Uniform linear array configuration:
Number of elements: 24
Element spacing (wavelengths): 1
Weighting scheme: exponential
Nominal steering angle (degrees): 60
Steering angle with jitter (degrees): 59.049
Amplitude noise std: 0.05
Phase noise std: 0.05

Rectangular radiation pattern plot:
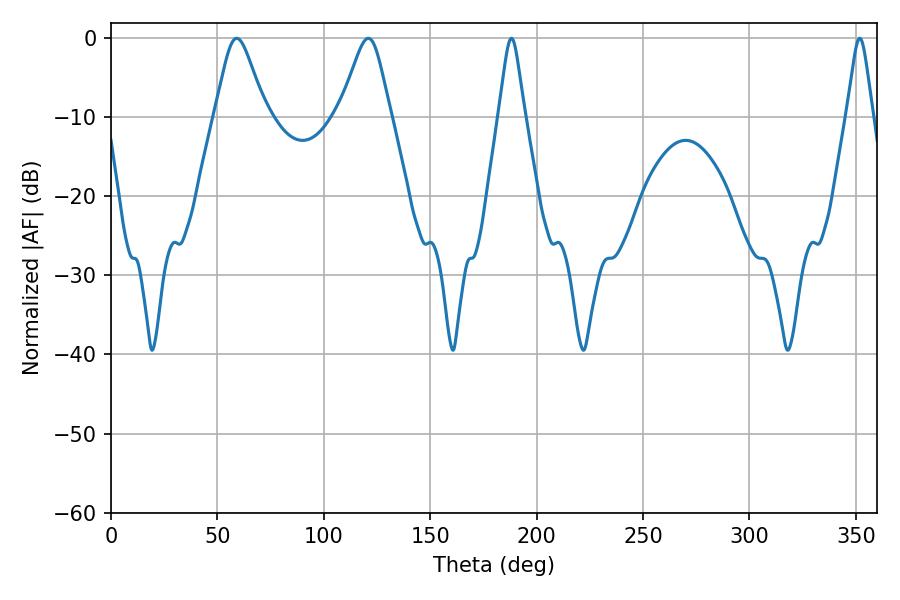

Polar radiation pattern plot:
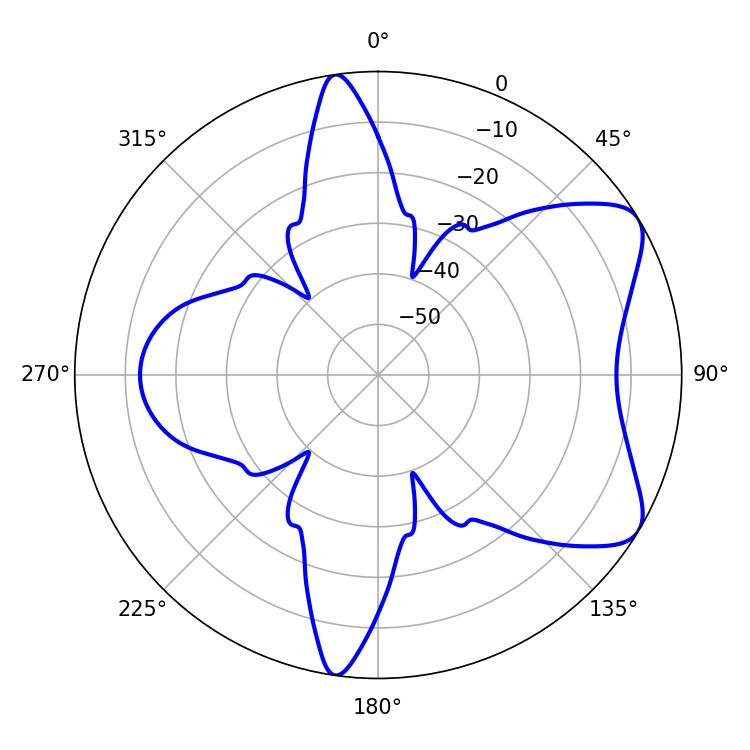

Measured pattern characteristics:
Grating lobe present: TRUE
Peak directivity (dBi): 7.164
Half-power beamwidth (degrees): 11.52
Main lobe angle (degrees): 59.04